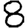
Digit: 8